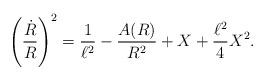
LaTeX: \begin{align*}\left({\dot R\over R}\right)^2={1\over \ell^2}-{A(R)\over R^2}+X+{\ell^2\over 4} X^2.\end{align*}